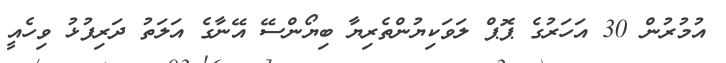
އުމުރުން 30 އަހަރުގެ ޕޮޕް ލަވަކިޔުންތެރިޔާ ބިޔޯންސޭ އޭނާގެ އަލަތު ދަރިފުޅު ވިހެއީ